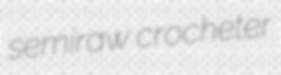
semiraw crocheter